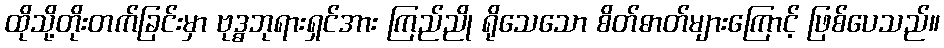
ထိုသို့တိုးတက်ခြင်းမှာ ဗုဒ္ဓဘုရားရှင်အား ကြည်ညို ရိုသေသော စိတ်ဓာတ်များကြောင့် ဖြစ်ပေသည်။